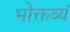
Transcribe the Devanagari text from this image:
भोक्तव्यं